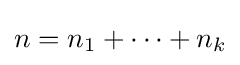
n=n_{1}+\cdots +n_{k}